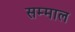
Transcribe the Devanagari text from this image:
सम्माल